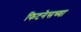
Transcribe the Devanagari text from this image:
फिटनेसच्या